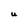
Character: U